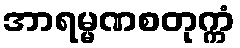
အာရမ္မဏစတုက္ကံ